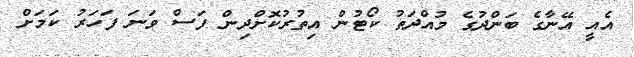
އެއީ އޭނާގެ ބަންދުގެ މުއްދަތު ކޯޓުން އިތުރުކޮށްދިން ފަސް ވަނަ ފަހަރު ކަމަށް